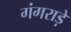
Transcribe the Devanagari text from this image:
गंगराड़े